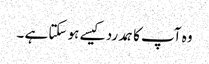
وہ آپ کا ہمدرد کیسے ہو سکتا ہے ۔